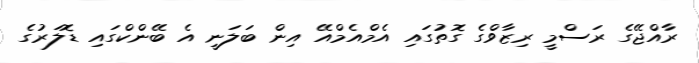
ރާއްޖޭގެ ރަސްމީ ރިޒާވްގެ ގޮތުގައި އެމްއެމްއޭ އިން ބަލަނީ އެ ބޭންކްގައި ޑޮލަރުގެ